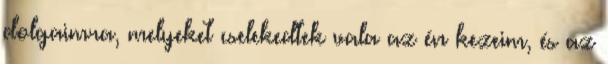
dolgaimra, melyeket cselekedtek vala az én kezeim, és az